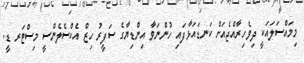
މިމައްސަލައަކީ ދިވެހިރާއްޖެއަށް ކަނޑައަޅާފައި ހުންނަވާ އިންޑިޔާގެ ސަފީރު ހިޒް އެކްސެލެންސީ މިސްޓަރ ޑީ.